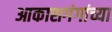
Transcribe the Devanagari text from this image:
आकाशगंगांच्या